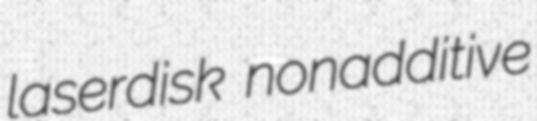
laserdisk nonadditive